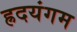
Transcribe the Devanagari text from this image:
ह्रदयंगम